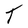
Character: T